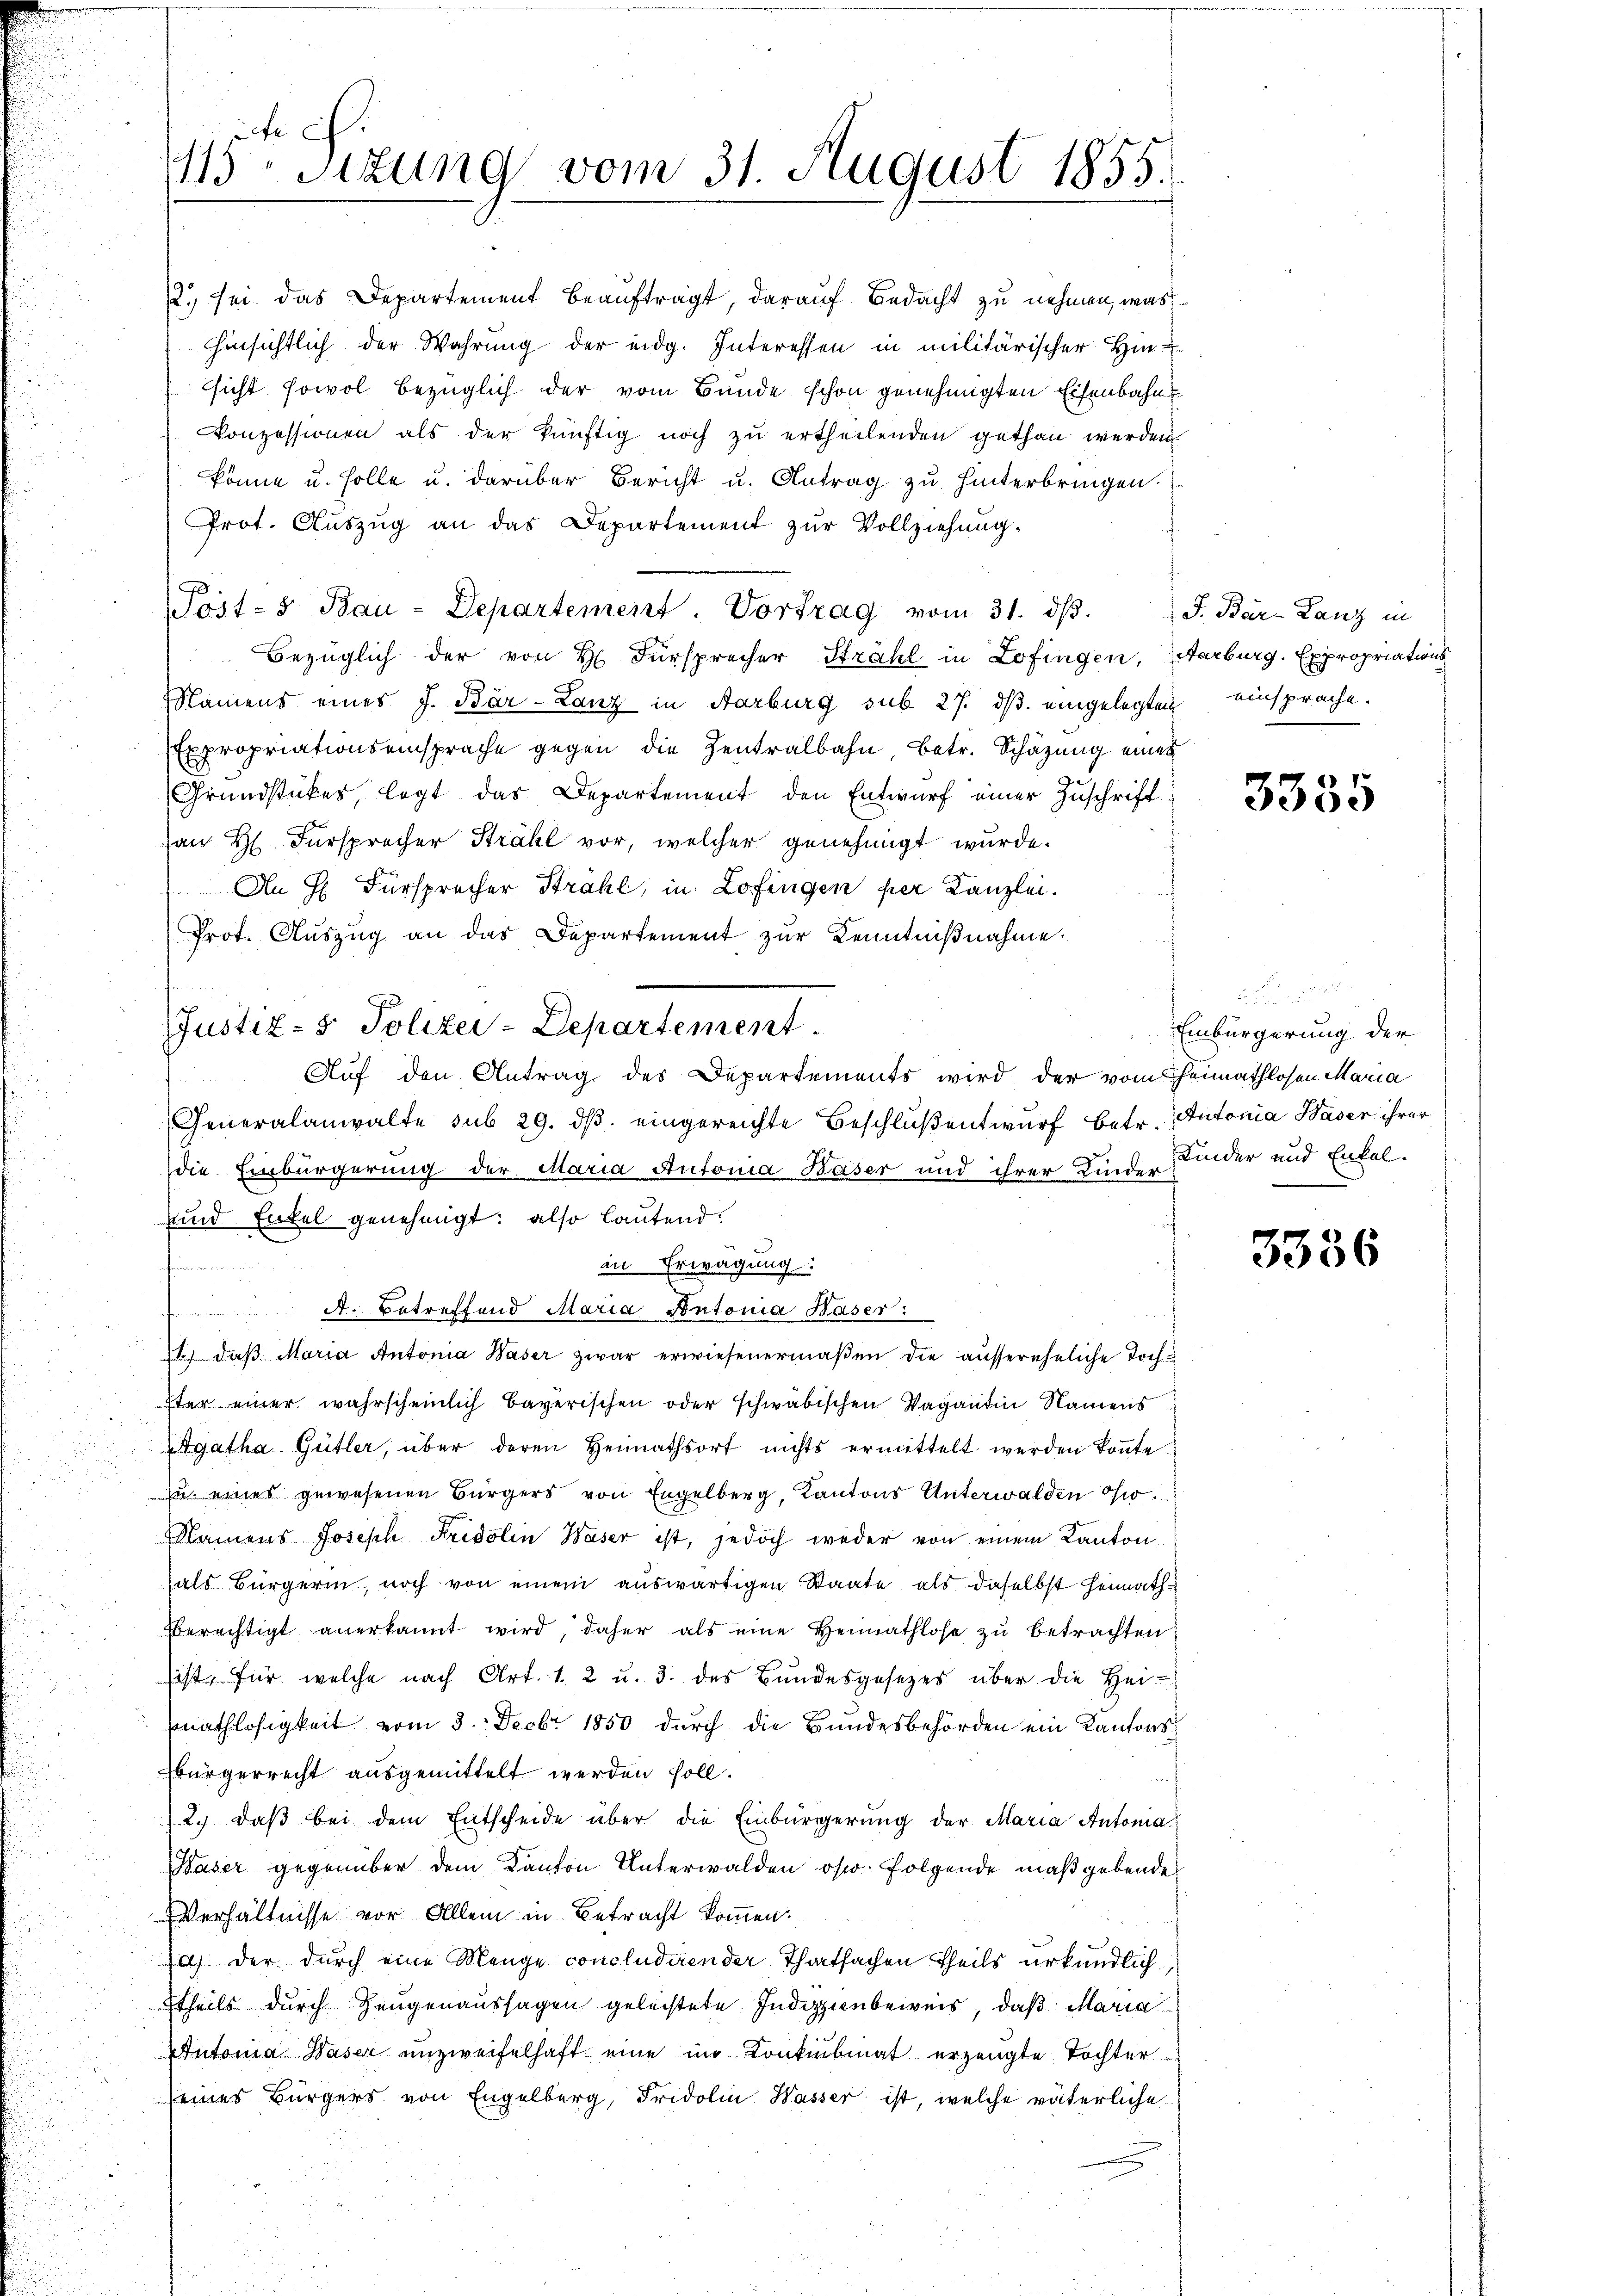
12.) sei das Departement beauftragt, darauf Bedacht zu nehmen, was
hinsichtlich der Wahrung der eidg. Interessen in militärischer Hin-
ssicht sowol bezüglich der vom Bunde schon genehmigten Eisenbahn
Konzessionen als der künftig noch zu ertheilenden gethan werden
könne u. solle u. darüber Bericht u. Antrag zu hinterbringen.
Prot. Aŭszŭg an das Departement zŭr Vollziehung.
Post-s Bau-Departement. Vortrag vom 31. dβ.
Bezüglich der von H. Fürsprecher Strahl in Zofingen, Aarburg. Expropriations
Namens eines J. Bar-Lanz in Aarburg sub 27. dβ eingelegten einsprache.
Expropriationsansprache gegen die Zentralbahn betr. Schätzung eines
Grundstückes, legt das Departement den Entwurf einer Zuschrift
an H. Fürsprecher Strahl vor, welcher genehmigt wurde.
An H. Fürsprecher Strahl, in Zofingen per Kanzlei.
Prot. Aŭszŭg an das Departement zŭr Kenntniβnahme.
Auf den Antrag des Departements wird der vom Heimathlosen Maria
Generalanwalte sub 29. dβ. eingereichte Beschlüßentwurf betr. Autonia Waser ihrer
die Einbürgerung der Maria Autonia Baser und ihrer Kinder Kinder und Enkel-
unnd Enkel genehmigt; also lautend.
in Erwägung
okumen
A. Betreffend Maria Pontonia Kaser:
t. daβ Maria Antonia Waser zwar erwiesenermaβen die aŭssereheliche Toch-
ster einer wahrscheinlich bayerischen oder schwäbischen Vagantin Namens
gatha Gütler, über deren Heimathsort nichts ermittelt werden köṅte.
zu eines gewesenen Bürgers von Engelberg, Kantons Unterwalden oso¬
Namens Joseph Fridolin Waser ist, jedoch weder von einem Kanton
(als Bürgerin, noch von einem auswärtigen Staate als daselbst Heimath
berechtigt anerkannt wird, daher als eine Heimathlose zu betrachten:
sist, für welche nach Art. 1. 2 u. 3. des Bŭndesgesetzes über die Hei-
fnathlosigkeit vom 3. Decbr 1850 durch die Bundesbehörden ein Kantonsbürgerrecht ausgemittelt werden soll.
2.) daß bei dem Entscheide über die Einbürgerung der Maria Antonia
Waser gegenüber dem Kanton Unterwalden oso folgende maßgebende
Verhältnisse vor Allem in Betracht kommen.
a.) Der durch eine Menge concludirender Thatsachen Theils urkundlich,
ttheils durch Zeugenaussagen geleistete Indizienbeweis, daß Maria
Antonia Baser unzweifelhaft eine im Konkubinat erzeugte Tochter
seines Bürgers von Engelberg, Fridolin Wasser ist, welche väterliche

fe
115 Stzung vom 31. August 1855.

Justiz- & Polizei-Departement.

J. Bar-Lanz in

3335

Einbürgerung der

3356